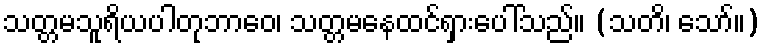
သတ္တမသူရိယပါတုဘာဝေ၊ သတ္တမနေထင်ရှားပေါ်သည်။ (သတိ၊ သော်။)